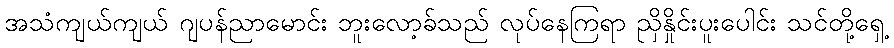
အသံကျယ်ကျယ် ဂျပန်ညာမောင်း ဘူးလော့ခ်သည် လုပ်နေကြရာ ညှိနှိုင်းပူးပေါင်း သင်တို့ရှေ့